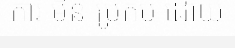
ការ មិន ប្រកប ដោយ